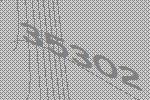
35302